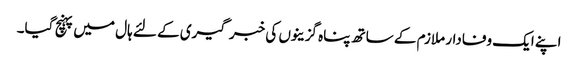
اپنے ایک وفادار ملازم کے ساتھ پناہ گزینوں کی خبر گیری کے لئے ہال میں پہنچ گیا۔